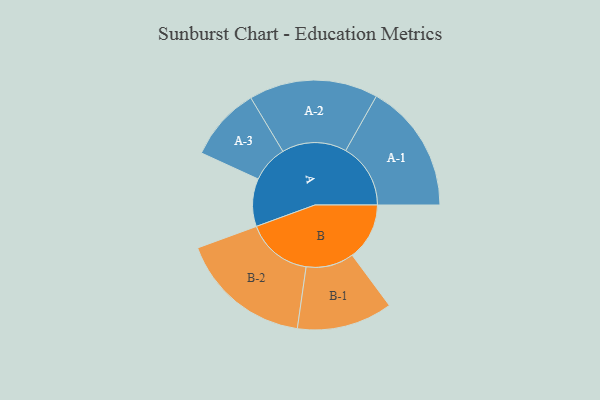
{"axis": {"x": "Segment", "y": "Value"}, "legend": ["", "A", "B"], "data": [{"x": "A", "y": 188, "type": ""}, {"x": "B", "y": 225, "type": ""}, {"x": "A-1", "y": 255, "type": "A"}, {"x": "A-2", "y": 254, "type": "A"}, {"x": "A-3", "y": 145, "type": "A"}, {"x": "B-1", "y": 188, "type": "B"}, {"x": "B-2", "y": 260, "type": "B"}]}